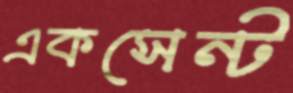
একসেন্ট